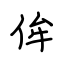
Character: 侔